Indian journal of veterinary science and animal husbandry - Volume 10,
Year: 1940
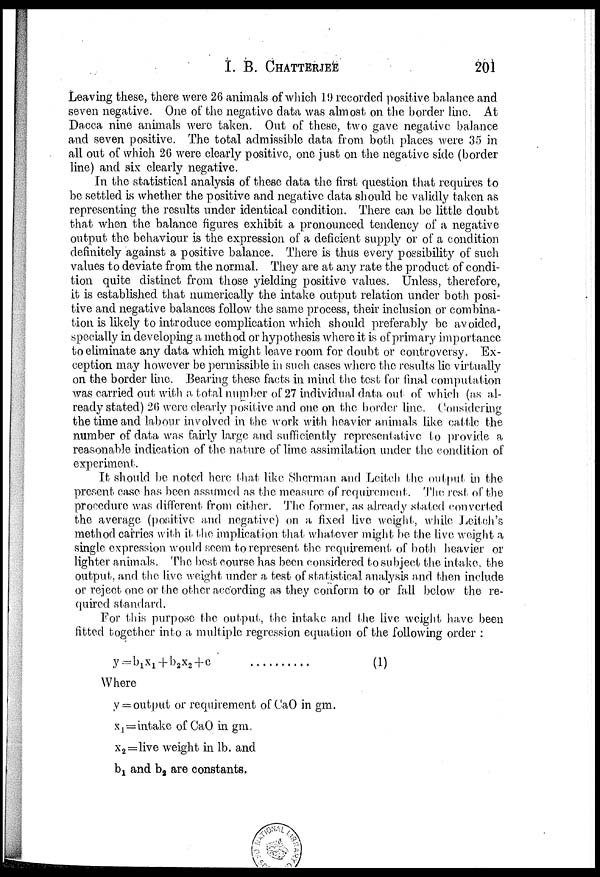
I. B.
CHATTERJEE
201
Leaving these, there were 26 animals of which 19 recorded positive balance and
seven negative. One of the negative data was almost on the border line. At
Dacca nine animals were taken. Out of these, two gave negative balance
and seven positive. The total admissible data from both places were 35 in
all out of which 26 were clearly positive, one just on the negative side (border
line) and six clearly negative.
In the statistical analysis of these data the first question that requires to
be settled is whether the positive and negative data should be validly taken as
representing the results under identical condition. There can be little doubt
that when the balance figures exhibit a pronounced tendency of a negative
output the behaviour is the expression of a deficient supply or of a condition
definitely against a positive balance. There is thus every possibility of such
values to deviate from the normal. They are at any rate the product of condi-
tion quite distinct from those yielding positive values. Unless, therefore,
it is established that numerically the intake output relation under both posi-
tive and negative balances follow the same process, their inclusion or combina-
tion is likely to introduce complication which should preferably be avoided,
specially in developing a method or hypothesis where it is of primary importance
to eliminate any data which might leave room for doubt or controversy. Ex-
ception may however be permissible in such cases where the results lie virtually
on the border line. Bearing these facts in mind the test for final computation
was carried out with a total number of 27 individual data out of which (as al-
ready stated) 26 were clearly positive and one on the border line. Considering
the time and labour involved in the work with heavier animals like cattle the
number of data was fairly large and sufficiently representative to provide a
reasonable indication of the nature of lime assimilation under the condition of
experiment.
It should be noted here that like Sherman and Leitch the output in the
present case has been assumed as the measure of requirement. The rest of the
procedure was different from either. The former, as already stated converted
the average (positive and negative) on a fixed live weight, while Leitch's
method carries with it the implication that whatever might be the live weight a
single expression would seem to represent the requirement of both heavier or
lighter animals. The best course has been considered to subject the intake, the
output, and the live weight under a test of statistical analysis and then include
or reject one or the other according as they conform to or fall below the re-
quired standard.
For this purpose the output, the intake and the live weight have been
fitted together into a multiple regression equation of the following order :
y=b 1 x 1 +b 2 x 2 +c
(1)
Where
y = output or requirement of CaO in gm.
x 1 = intake of CaO in gm.
x 2 =live weight in lb. and
b 1 and b 2 are constants.